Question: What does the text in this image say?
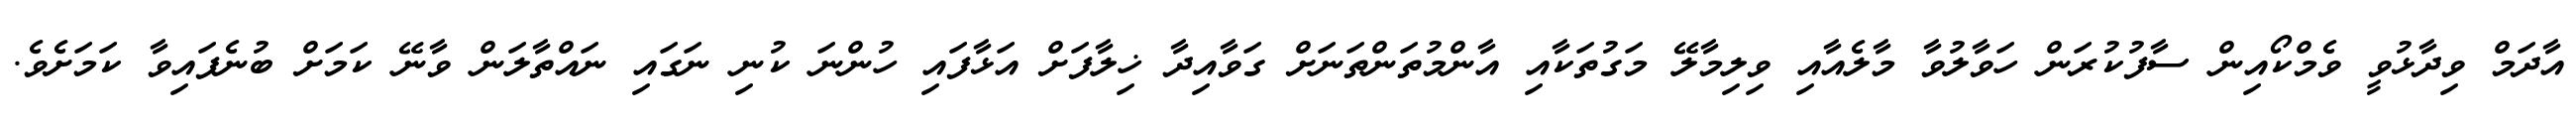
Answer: އާދަމް ވިދާޅުވީ ވެމްކޯއިން ސާފުކުރަން ހަވާލުވާ މާލެއާއި ވިލިމާލޭ މަގުތަކާއި އާންމުތަންތަނަށް ގަވާއިދާ ޚިލާފަށް އަޅާފައި ހުންނަ ކުނި ނަގައި ނައްތާލަން ވާނޭ ކަމަށް ބުނެފައިވާ ކަމަށެވެ.